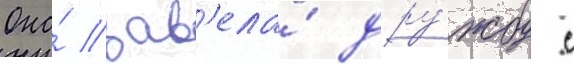
Она́ зав'ела́ дру́жбу с